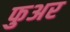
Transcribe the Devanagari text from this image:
फुअर